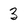
Character: 3